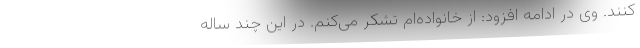
کنند. وی در ادامه افزود: از خانواده‌ام تشکر می‌کنم. در این چند ساله